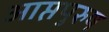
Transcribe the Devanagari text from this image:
आप्तपुरुष